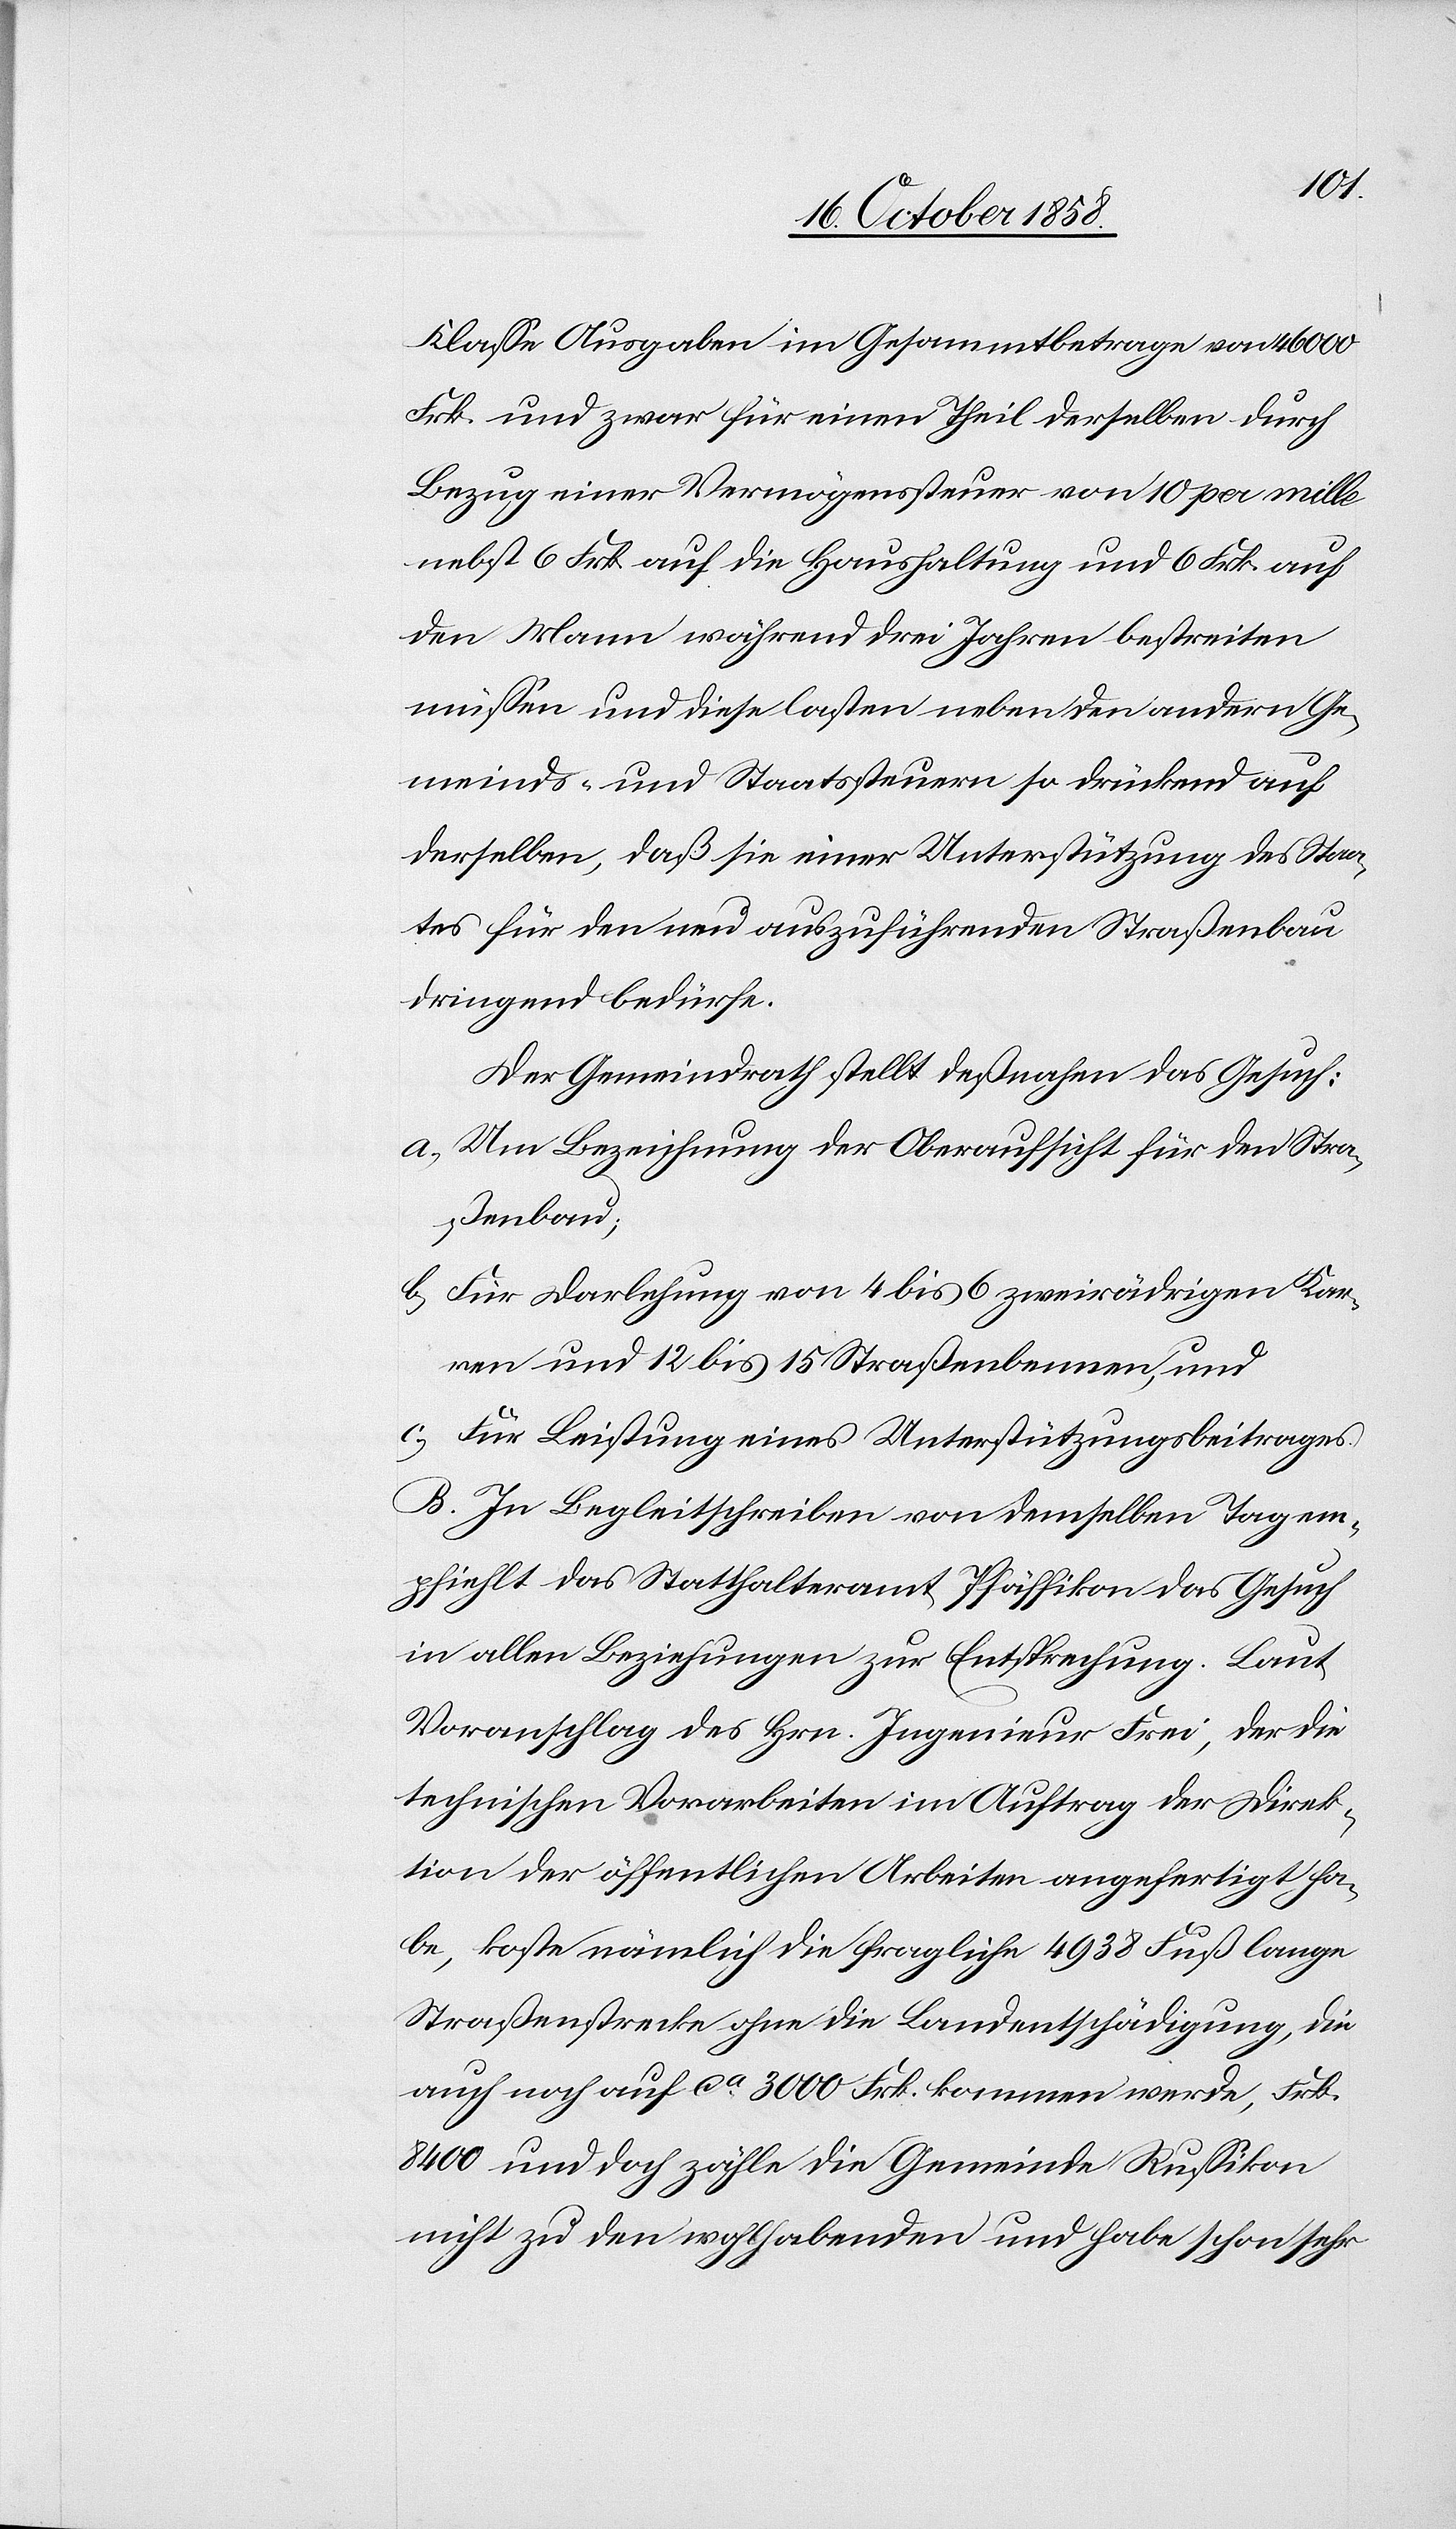
Klasse Ausgaben im Gesammtbetrage von 46 000
Frk. und zwar für einen Theil derselben durch
Bezug einer Vermögenssteuer von 10 per mille
nebst 6 Frk. auf die Haushaltung und 6 Frk. auf
den Mann während drei Jahren bestreiten
müssen und diese lasten neben den andern Ge¬
meinds- und Staatssteuern so drückend auf
derselben, daß sie einer Unterstützung des Staa¬
tes für den neu auszuführenden Straßenbau
dringend bedürfe.
Der Gemeindrath stellt deßnahen das Gesuch:
Um Bezeichnung der Oberaufsicht für den Stra¬
ßenbau;
Für Darlehung von 4 bis 6 zweirädrigen Kar¬
ren und 12 bis 15 Straßenbennen, und
Für Leistung eines Unterstützungsbeitrages.
B. In Begleitschreiben von demselben Tag em¬
pfiehlt das Statthalteramt Pfäffikon das Gesuch
in allen Beziehungen zur Entsprechung. Laut
Voranschlag des Hrn. Ingenieur Frei, der die
technischen Vorarbeiten im Auftrag der Direk¬
tion der öffentlichen Arbeiten angefertigt ha¬
be, koste nämlich die fragliche 4938 Fuß lange
Straßenstrecke ohne die Landentschädigung, die
auch noch auf ca. 3000 Frk. kommen werde, Frk.
8400 und doch zähle die Gemeinde Russikon
nicht zu den wohlhabenden und habe schon sehr